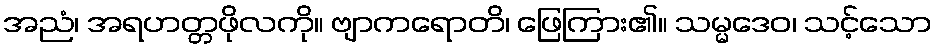
အညံ၊ အရဟတ္တဖိုလကို။ ဗျာကရောတိ၊ ဖြေကြား၏။ သမ္မဒေဝ၊ သင့်သော